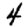
Digit: 4